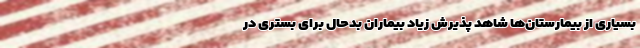
بسیاری از بیمارستان‌ها شاهد پذیرش زیاد بیماران بدحال برای بستری در